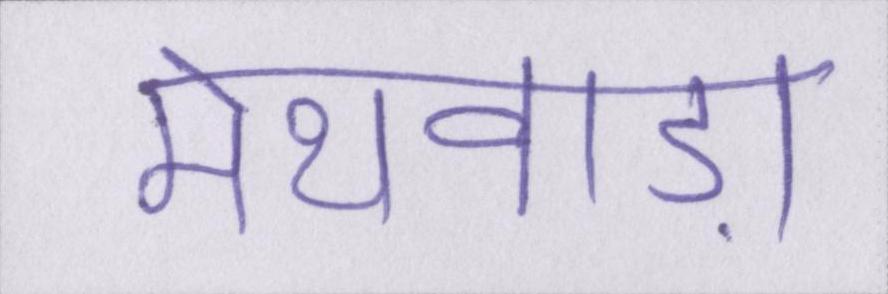
मेथवाड़ा